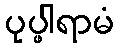
ပုပ္ဖါရာမံ